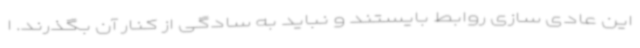
این عادی سازی روابط بایستند و نباید به سادگی از کنار آن بگذرند. ا